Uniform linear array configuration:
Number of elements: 24
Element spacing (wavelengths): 1
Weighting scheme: kaiser
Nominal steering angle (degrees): -60
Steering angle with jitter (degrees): -59.479
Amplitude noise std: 0.05
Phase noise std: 0.05

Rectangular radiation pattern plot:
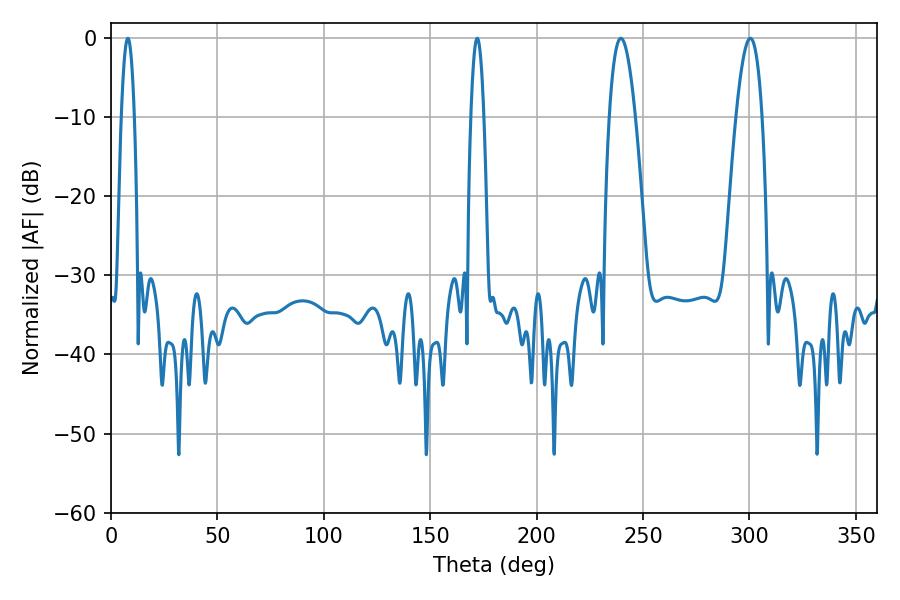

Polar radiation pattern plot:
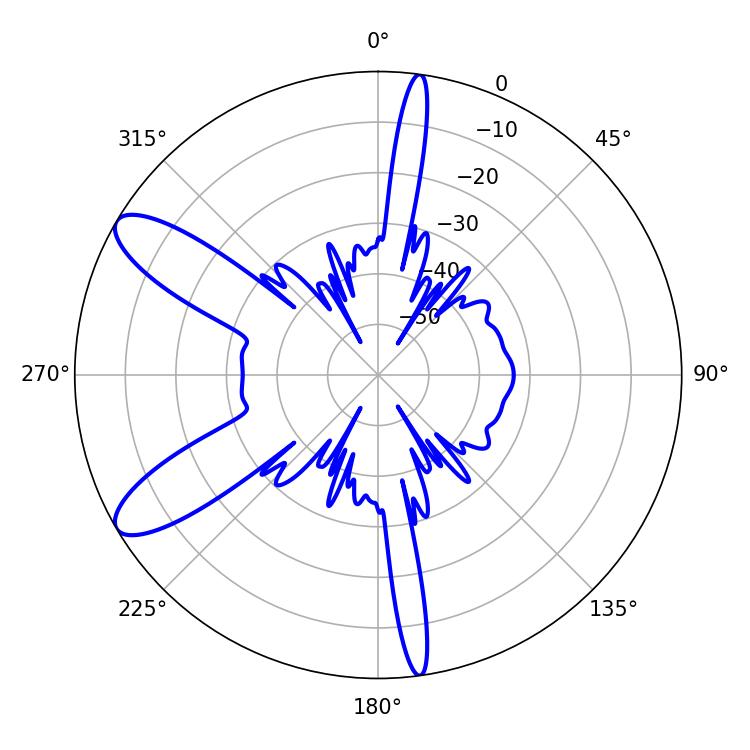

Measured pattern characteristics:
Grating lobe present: TRUE
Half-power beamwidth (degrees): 6.84
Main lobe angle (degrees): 300.42